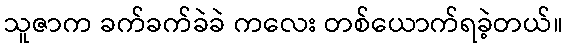
သူဇာက ခက်ခက်ခဲခဲ ကလေး တစ်ယောက်ရခဲ့တယ်။